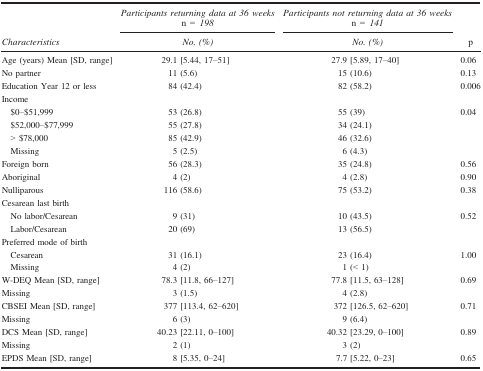
| <ROWSPAN=2> Characteristics | Participants returning data at 36 weeks n = 198 | Participants not returning data at 36 weeks n = 141 | <ROWSPAN=2> p |
 | No. (%) | No. (%) |
 | --- | --- | --- | --- |
 | Age (years) Mean [SD, range] | 29.1 [5.44, 17–51] | 27.9 [5.89, 17–40] | 0.06 |
 | No partner | 11 (5.6) | 15 (10.6) | 0.13 |
 | Education Year 12 or less | 84 (42.4) | 82 (58.2) | 0.006 |
 | <COLSPAN=4> Income |
 | $0–$51,999 | 53 (26.8) | 55 (39) | <ROWSPAN=4> 0.04 |
 | $52,000–$77,999 | 55 (27.8) | 34 (24.1) |
 | > $78,000 | 85 (42.9) | 46 (32.6) |
 | Missing | 5 (2.5) | 6 (4.3) |
 | Foreign born | 56 (28.3) | 35 (24.8) | 0.56 |
 | Aboriginal | 4 (2) | 4 (2.8) | 0.90 |
 | Nulliparous | 116 (58.6) | 75 (53.2) | 0.38 |
 | <COLSPAN=4> Cesarean last birth |
 | No labor/Cesarean | 9 31 | 10 (43.5) | <ROWSPAN=2> 0.52 |
 | Labor/Cesarean | 20 (69) | 13 (56.5) |
 | <COLSPAN=4> Preferred mode of birth |
 | Cesarean | 31 (16.1) | 23 (16.4) | <ROWSPAN=2> 1.00 |
 | Missing | 4 (2) | 1 (< 1) |
 | W-DEQ Mean [SD, range] | 78.3 [11.8, 66–127] | 77.8 [11.5, 63–128] | <ROWSPAN=2> 0.69 |
 | Missing | 3 (1.5) | 4 (2.8) |
 | CBSEI Mean [SD, range] | 377 [113.4, 62–620] | 372 [126.5, 62–620] | <ROWSPAN=2> 0.71 |
 | Missing | 6 (3) | 9 (6.4) |
 | DCS Mean [SD, range] | 40.23 [22.11, 0–100] | 40.32 [23.29, 0–100] | <ROWSPAN=2> 0.89 |
 | Missing | 2 (1) | 3 (2) |
 | EPDS Mean [SD, range] | 8 [5.35, 0–24] | 7.7 [5.22, 0–23] | 0.65 |